Civil Veterinary Department. Central Provinces & Berar 1932-41 - 1932-1941
Year: 1932
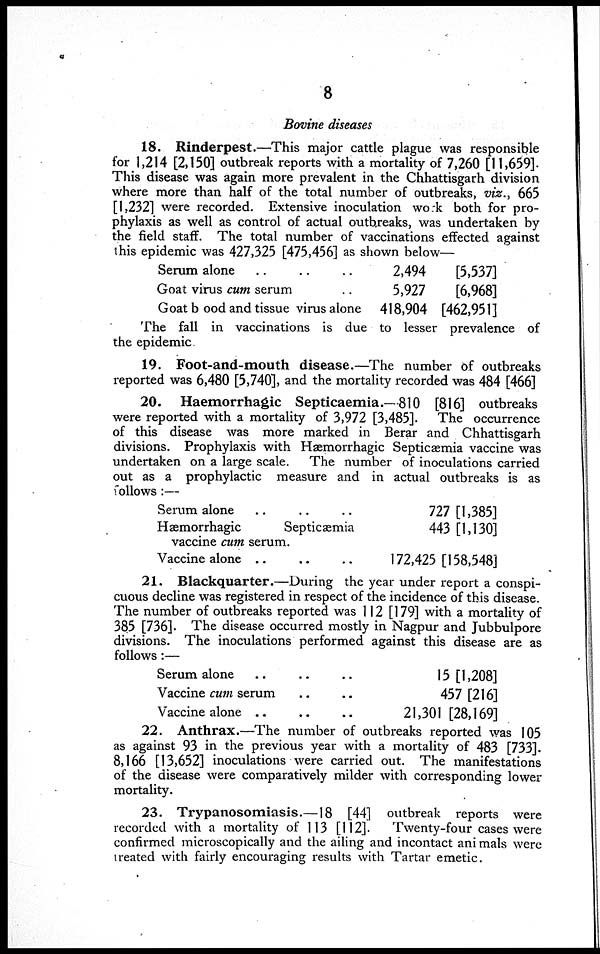
8
Bovine diseases
18. Rinderpest.—This major cattle plague was responsible
for 1,214 [2,150] outbreak reports with a mortality of 7,260 [11,659].
This disease was again more prevalent in the Chhattisgarh division
where more than half of the total number of outbreaks, viz., 665
[1,232] were recorded. Extensive inoculation work both for pro-
phylaxis as well as control of actual outbreaks, was undertaken by
the field staff. The total number of vaccinations effected against
this epidemic was 427,325 [475,456] as shown below—
Serum alone .. .. ..
Goat virus cum serum ..
Goat bood and tissue virus alone
2,494
5,927
418,904
[5,537]
[6,968]
[462,951]
The fall in vaccinations is due to lesser prevalence of
the epidemic
19. Foot-and-mouth disease.—The number of outbreaks
reported was 6,480 [5,740], and the mortality recorded was 484 [466]
20. Haemorrhagic Septicaemia.—810 [816] outbreaks
were reported with a mortality of 3,972 [3,485]. The occurrence
of this disease was more marked in Berar and Chhattisgarh
divisions. Prophylaxis with Hæmorrhagic Septicæmia vaccine was
undertaken on a large scale. The number of inoculations carried
out as a prophylactic measure and in actual outbreaks is as
follows :—
Serum alone .. .. ..
Hæmorrhagic
Septicæmia
vaccine cum serum.
Vaccine alone .. .. ..
727 [1,385]
443 [1,130]
172,425 [158,548]
21. Blackquarter.—During the year under report a conspi-
cuous decline was registered in respect of the incidence of this disease.
The number of outbreaks reported was 112 [179] with a mortality of
385 [736]. The disease occurred mostly in Nagpur and Jubbulpore
divisions. The inoculations performed against this disease are as
follows :—
Serum alone .. .. ..
Vaccine cum serum .. ..
Vaccine alone .. .. ..
15 [1,208]
457 [216]
21,301 [28,169]
22. Anthrax.— The number of outbreaks reported was 105
as against 93 in the previous year with a mortality of 483 [733].
8,166 [13,652] inoculations were carried out. The manifestations
of the disease were comparatively milder with corresponding lower
mortality.
23. Trypanosomiasis.—18 [44] outbreak reports were
recorded with a mortality of 113 [112].
Twenty-four cases were
confirmed microscopically and the ailing and incontact animals were
treated with fairly encouraging results with Tartar emetic.